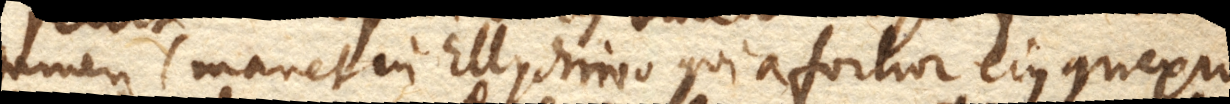
tamen manet in Ellychnio quia fortior ejus connexio